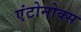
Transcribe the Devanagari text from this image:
एंटोनोक्स